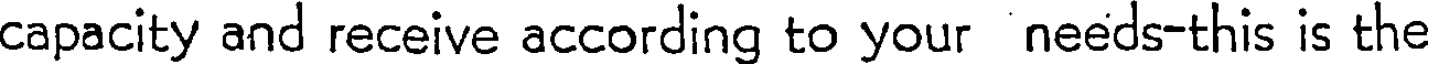
capacity and receive according to your needs-this is the